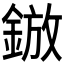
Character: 𮢓